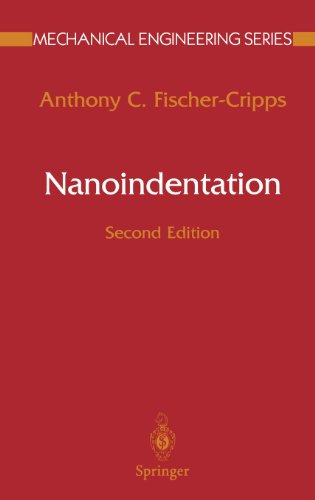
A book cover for Nanoindentation (Mechanical Engineering Series); Anthony C. Fischer-Cripps; Science & Math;